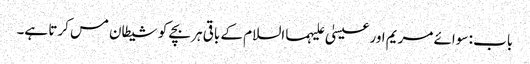
باب : سوائے مریم اور عیسیٰ علیہما السلام کے باقی ہر بچے کو شیطان مس کرتا ہے۔